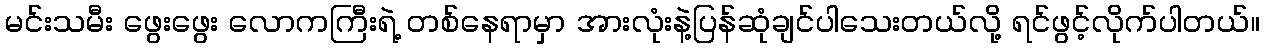
မင်းသမီး ဖွေးဖွေး လောကကြီးရဲ့ တစ်နေရာမှာ အားလုံးနဲ့ပြန်ဆုံချင်ပါသေးတယ်လို့ ရင်ဖွင့်လိုက်ပါတယ်။